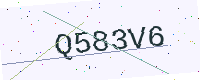
Text: Q583V6